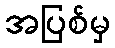
အပြစ်မှ